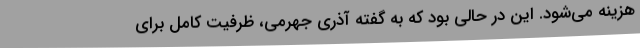
هزینه می‌شود. این در حالی بود که به گفته آذری جهرمی، ظرفیت کامل برای